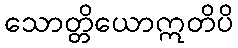
သောတ္တိယောဣတိပိ